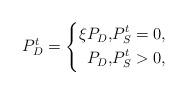
LaTeX: \begin{align*}P_{D}^{t} =\left\{\begin{aligned}\xi P_{D}, &P_S^t = 0,\\P_{D}, &P_S^t > 0,\end{aligned}\right. \end{align*}